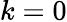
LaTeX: k=0